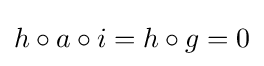
h\circ a\circ i=h\circ g=0